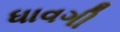
ધાવગી